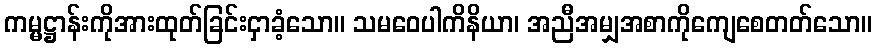
ကမ္မဋ္ဌာန်းကိုအားထုတ်ခြင်းငှာခံ့သော။ သမဝေပါကိနိယာ၊ အညီအမျှအစာကိုကျေစေတတ်သော။